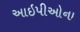
આઇપીઓના